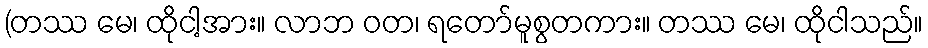
(တဿ မေ၊ ထိုငါ့အား။ လာဘ ဝတ၊ ရတော်မူစွတကား။ တဿ မေ၊ ထိုငါသည်။